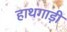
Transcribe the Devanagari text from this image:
हाथगाड़ी